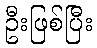
ဦးဖြစ်ပြီး